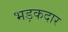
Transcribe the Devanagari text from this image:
भड़कदार